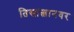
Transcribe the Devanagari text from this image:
तिसात्लानवर